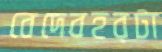
বেদেবহরটা